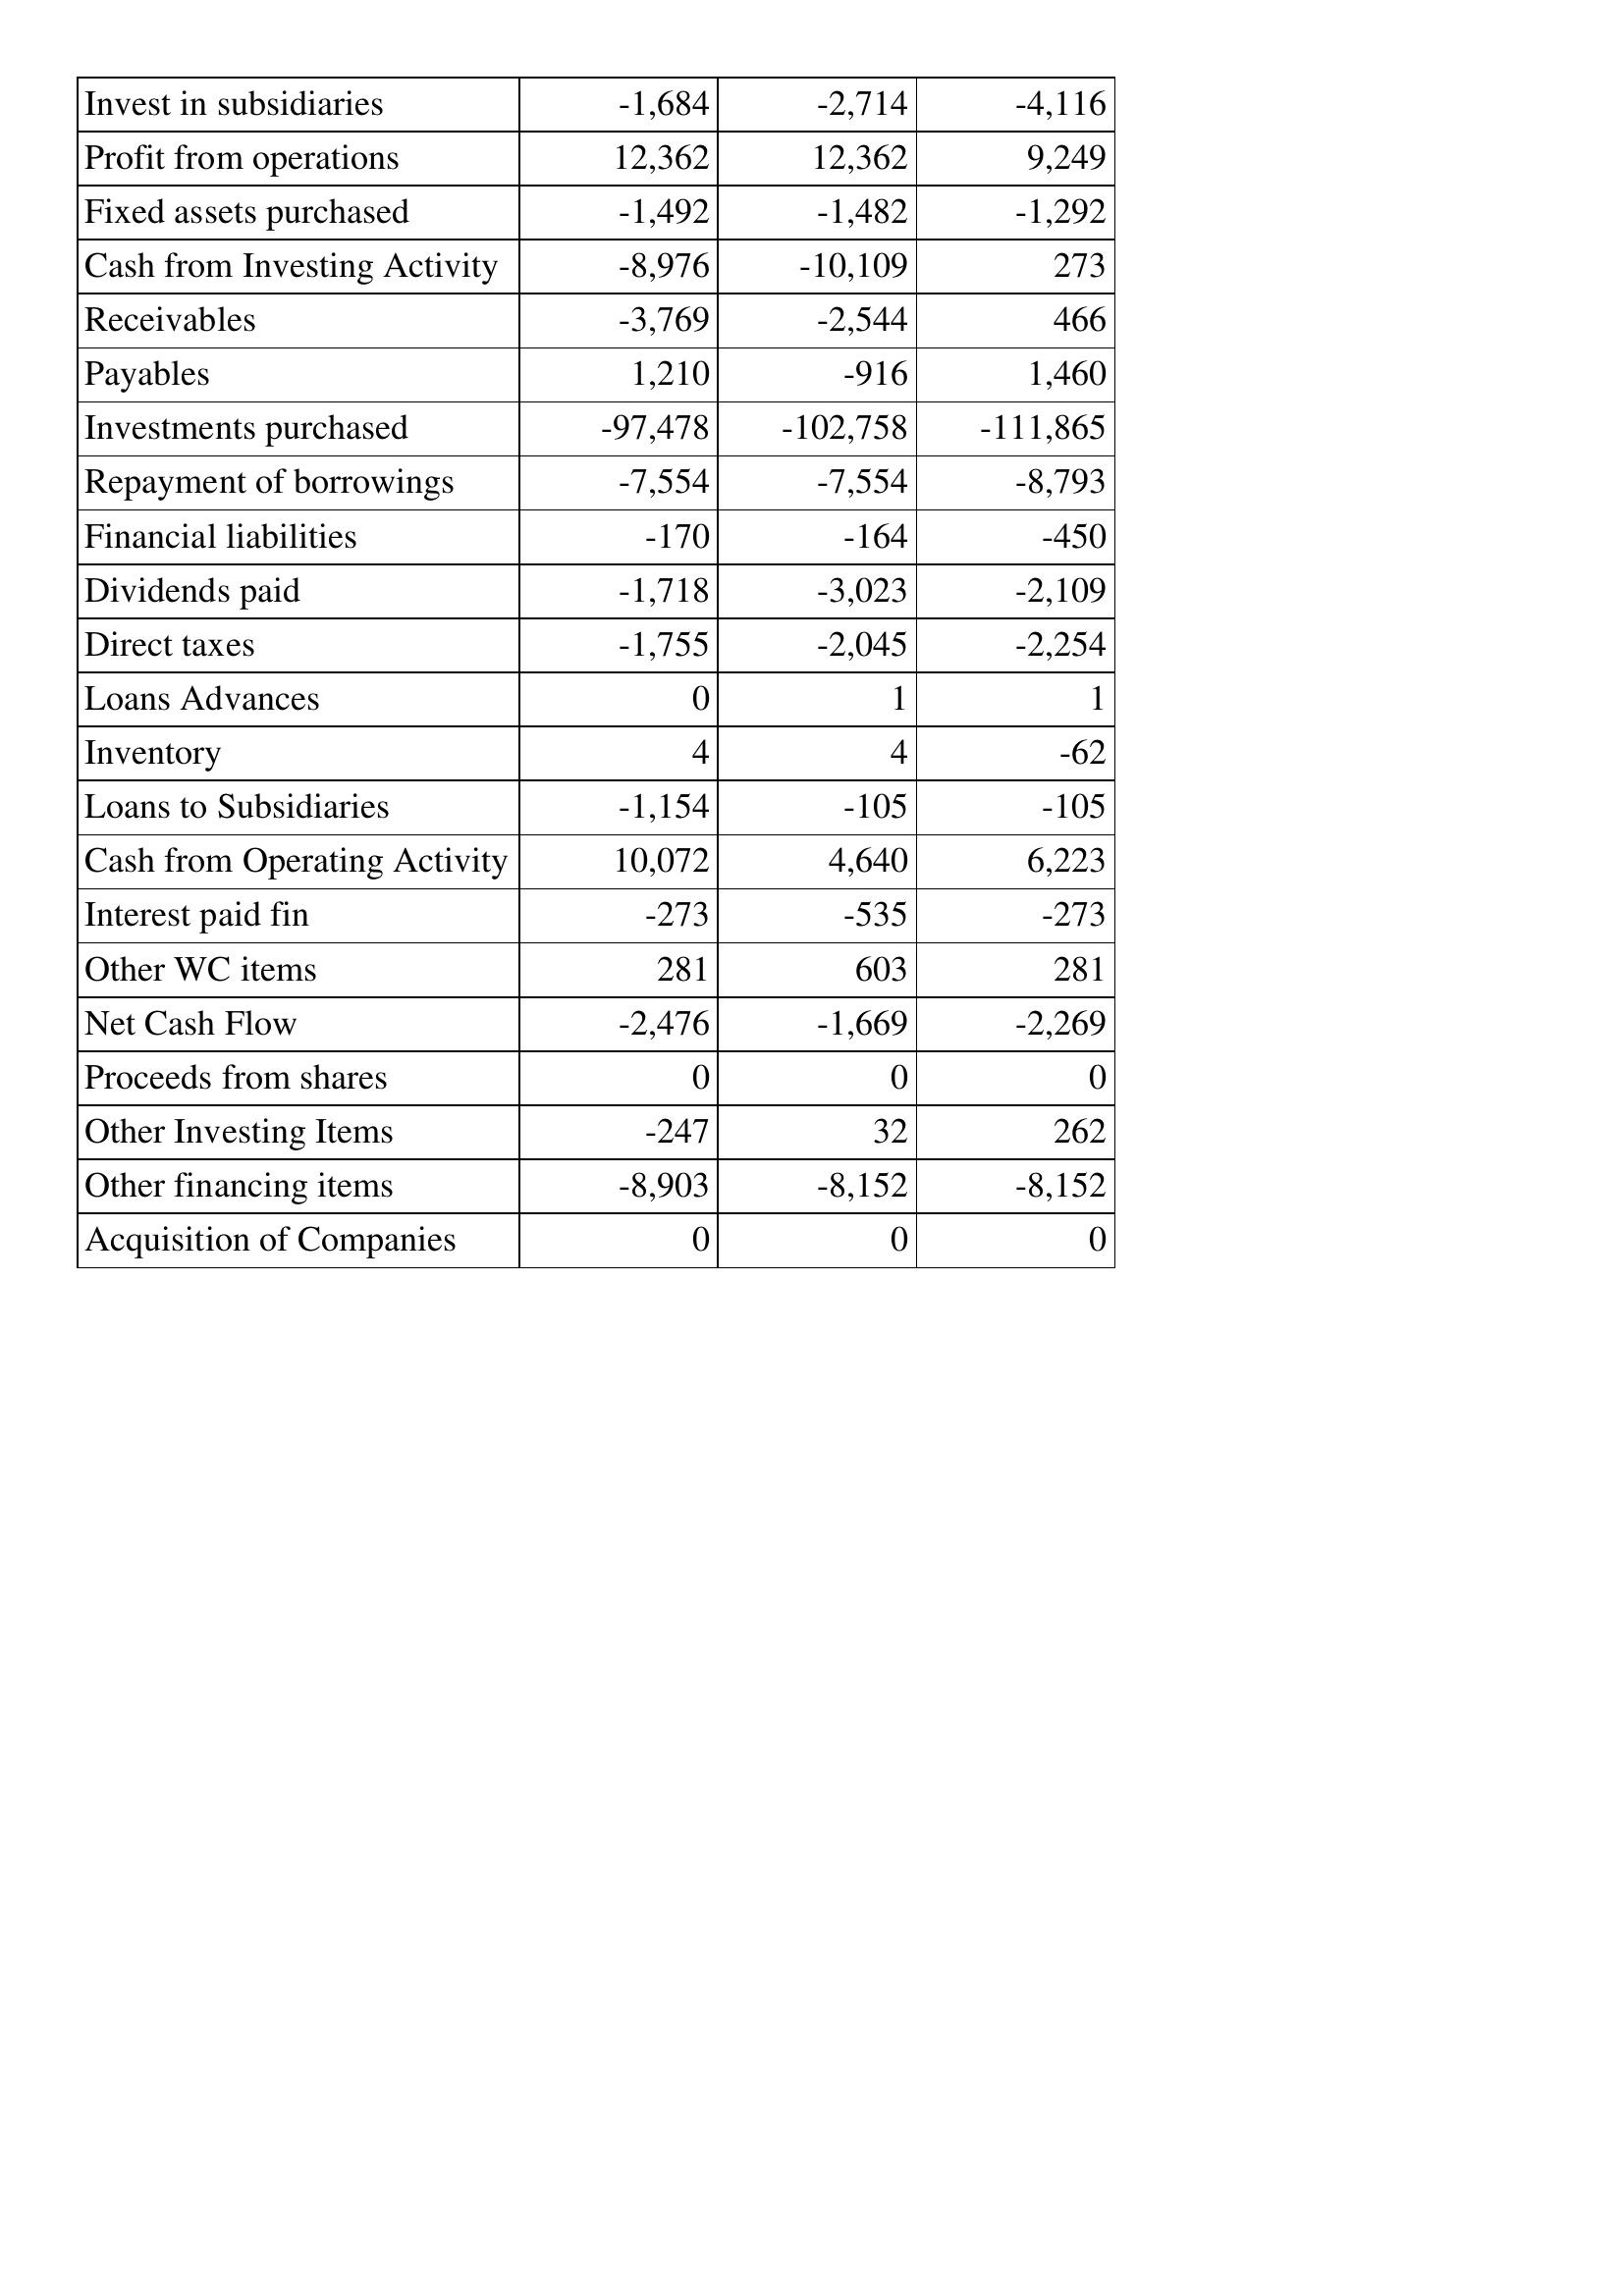
Oct-14: Cash Flows: Invest in subsidiaries: -1,684
Profit from operations: 12,362
Fixed assets purchased: -1,492
Cash from Investing Activity: -8,976
Receivables: -3,769
Payables: 1,210
Investments purchased: -97,478
Repayment of borrowings: -7,554
Financial liabilities: -170
Dividends paid: -1,718
Direct taxes: -1,755
Loans Advances: 0
Inventory: 4
Loans to Subsidiaries: -1,154
Cash from Operating Activity: 10,072
Interest paid fin: -273
Other WC items: 281
Net Cash Flow: -2,476
Proceeds from shares: 0
Other Investing Items: -247
Other financing items: -8,903
Acquisition of Companies: 0
Oct-15: Cash Flows: Invest in subsidiaries: -2,714
Profit from operations: 12,362
Fixed assets purchased: -1,482
Cash from Investing Activity: -10,109
Receivables: -2,544
Payables: -916
Investments purchased: -102,758
Repayment of borrowings: -7,554
Financial liabilities: -164
Dividends paid: -3,023
Direct taxes: -2,045
Loans Advances: 1
Inventory: 4
Loans to Subsidiaries: -105
Cash from Operating Activity: 4,640
Interest paid fin: -535
Other WC items: 603
Net Cash Flow: -1,669
Proceeds from shares: 0
Other Investing Items: 32
Other financing items: -8,152
Acquisition of Companies: 0
Oct-16: Cash Flows: Invest in subsidiaries: -4,116
Profit from operations: 9,249
Fixed assets purchased: -1,292
Cash from Investing Activity: 273
Receivables: 466
Payables: 1,460
Investments purchased: -111,865
Repayment of borrowings: -8,793
Financial liabilities: -450
Dividends paid: -2,109
Direct taxes: -2,254
Loans Advances: 1
Inventory: -62
Loans to Subsidiaries: -105
Cash from Operating Activity: 6,223
Interest paid fin: -273
Other WC items: 281
Net Cash Flow: -2,269
Proceeds from shares: 0
Other Investing Items: 262
Other financing items: -8,152
Acquisition of Companies: 0